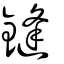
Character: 鏠